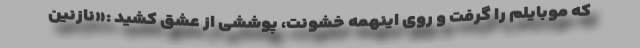
که موبایلم را گرفت و روی اینهمه خشونت، پوششی از عشق کشید :«نازنین